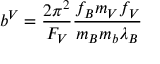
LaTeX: b ^ { V } = \frac { 2 \pi ^ { 2 } } { F _ { V } } \frac { f _ { B } m _ { V } f _ { V } } { m _ { B } m _ { b } \lambda _ { B } }